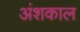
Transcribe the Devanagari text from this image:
अंशकाल